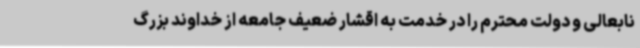
نابعالی و دولت محترم را در خدمت به اقشار ضعیف جامعه از خداوند بزرگ